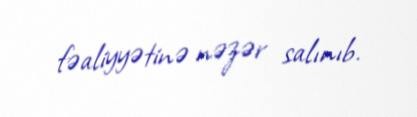
fəaliyyətinə nəzər salınıb.